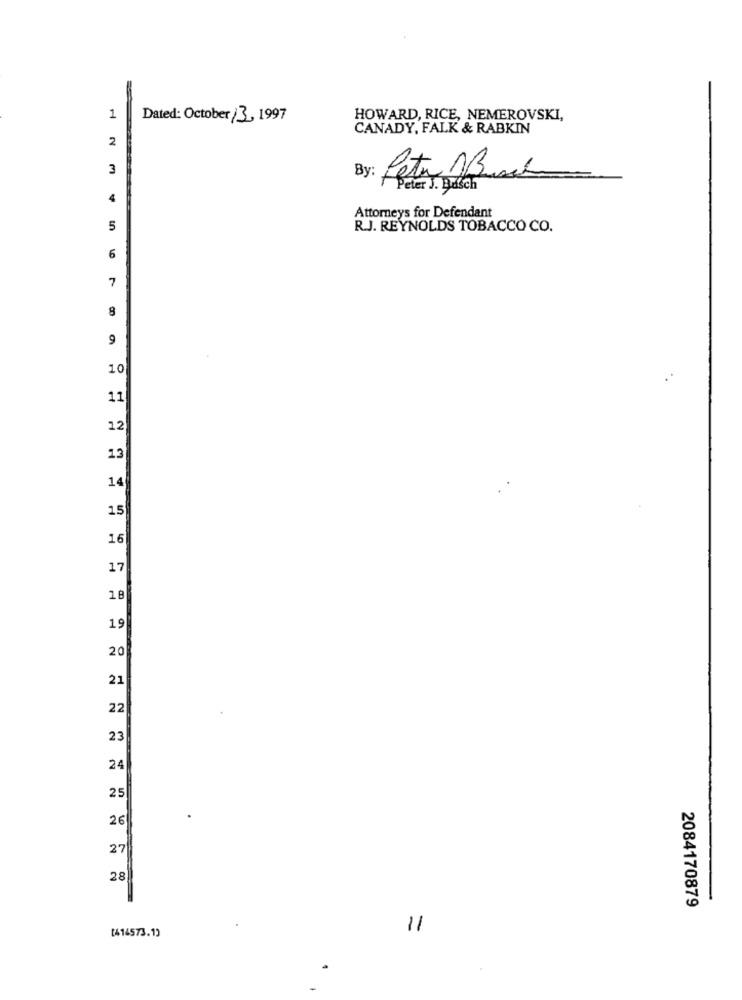
1
Dated: October 13, 1997
HOWARD, RICE, NEMEROVSKI,
CANADY, FALK & RABKIN
2
3
By:
Peter Musik
Peter J. Busch
4
Attorneys for Defendant
5
R.J. REYNOLDS TOBACCO CO.
6
7
8
9
10
11
12
13
14
15
16
17
18
19
20
21
22
23
24
25
26
27
28
2084170879
[414573.1)
11